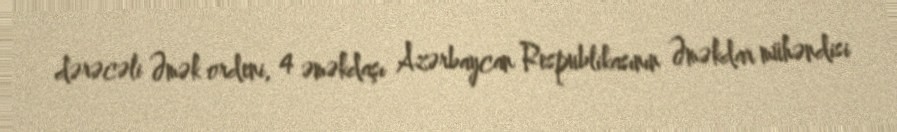
dərəcəli Əmək ordeni, 4 əməkdaşı Azərbaycan Respublikasının Əməkdar mühəndisi